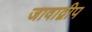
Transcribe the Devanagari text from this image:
जावाद्वीप